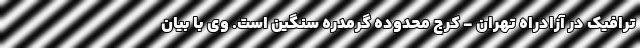
ترافیک در آزادراه تهران - کرج محدوده گرمدره سنگین است. وی با بیان